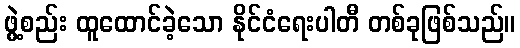
ဖွဲ့စည်း ထူထောင်ခဲ့သော နိုင်ငံရေးပါတီ တစ်ခုဖြစ်သည်။